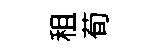
租荀